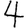
Digit: 4